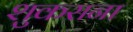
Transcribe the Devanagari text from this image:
शुकराना